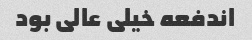
اندفعه خیلی عالی بود